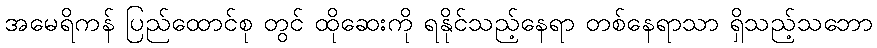
အမေရိကန် ပြည်ထောင်စု တွင် ထိုဆေးကို ရနိုင်သည့်နေရာ တစ်နေရာသာ ရှိသည့်သဘော